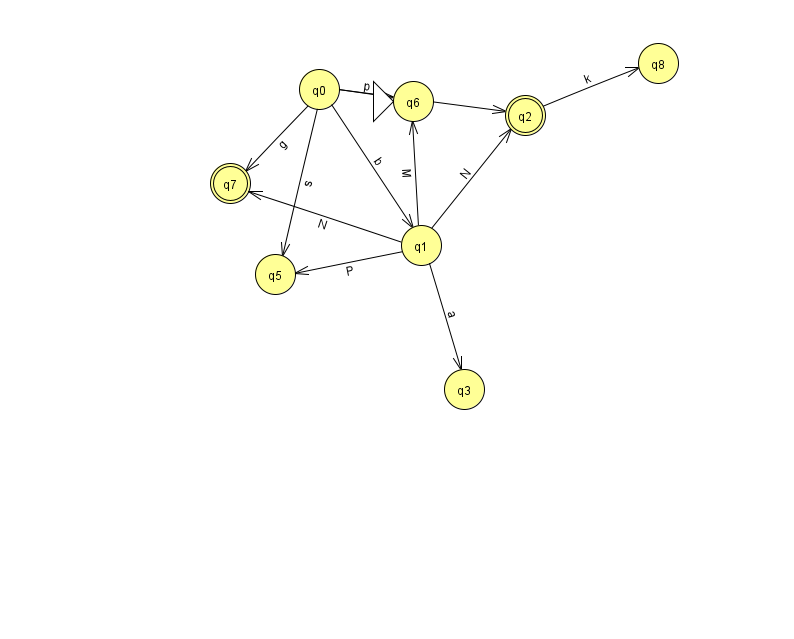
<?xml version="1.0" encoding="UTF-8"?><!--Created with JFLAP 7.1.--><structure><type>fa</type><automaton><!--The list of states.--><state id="0" name="q0"><x>319.0</x><y>76.0</y></state><state id="1" name="q1"><x>421.0</x><y>232.0</y></state><state id="2" name="q2"><x>525.0</x><y>102.0</y><final/></state><state id="3" name="q3"><x>464.0</x><y>376.0</y></state><state id="5" name="q5"><x>275.0</x><y>261.0</y></state><state id="6" name="q6"><x>413.0</x><y>88.0</y><initial/></state><state id="7" name="q7"><x>230.0</x><y>170.0</y><final/></state><state id="8" name="q8"><x>658.0</x><y>50.0</y></state><!--The list of transitions.--><transition><from>0</from><to>6</to><read>p</read></transition><transition><from>0</from><to>7</to><read>g</read></transition><transition><from>0</from><to>5</to><read>s</read></transition><transition><from>1</from><to>6</to><read>M</read></transition><transition><from>1</from><to>7</to><read>N</read></transition><transition><from>2</from><to>8</to><read>k</read></transition><transition><from>0</from><to>1</to><read>b</read></transition><transition><from>0</from><to>2</to><read>t</read></transition><transition><from>1</from><to>2</to><read>N</read></transition><transition><from>1</from><to>3</to><read>a</read></transition><transition><from>1</from><to>5</to><read>P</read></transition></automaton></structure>